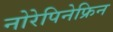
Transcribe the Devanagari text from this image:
नोरेपिनेफ्रिन